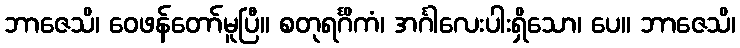
ဘာဇေသိ၊ ဝေဖန်တော်မူပြီ။ စတုရင်္ဂိကံ၊ အင်္ဂါလေးပါးရှိသော၊ ပေ။ ဘာဇေသိ၊